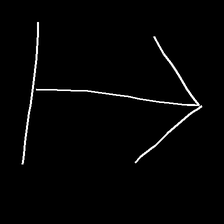
Glyph: levitation